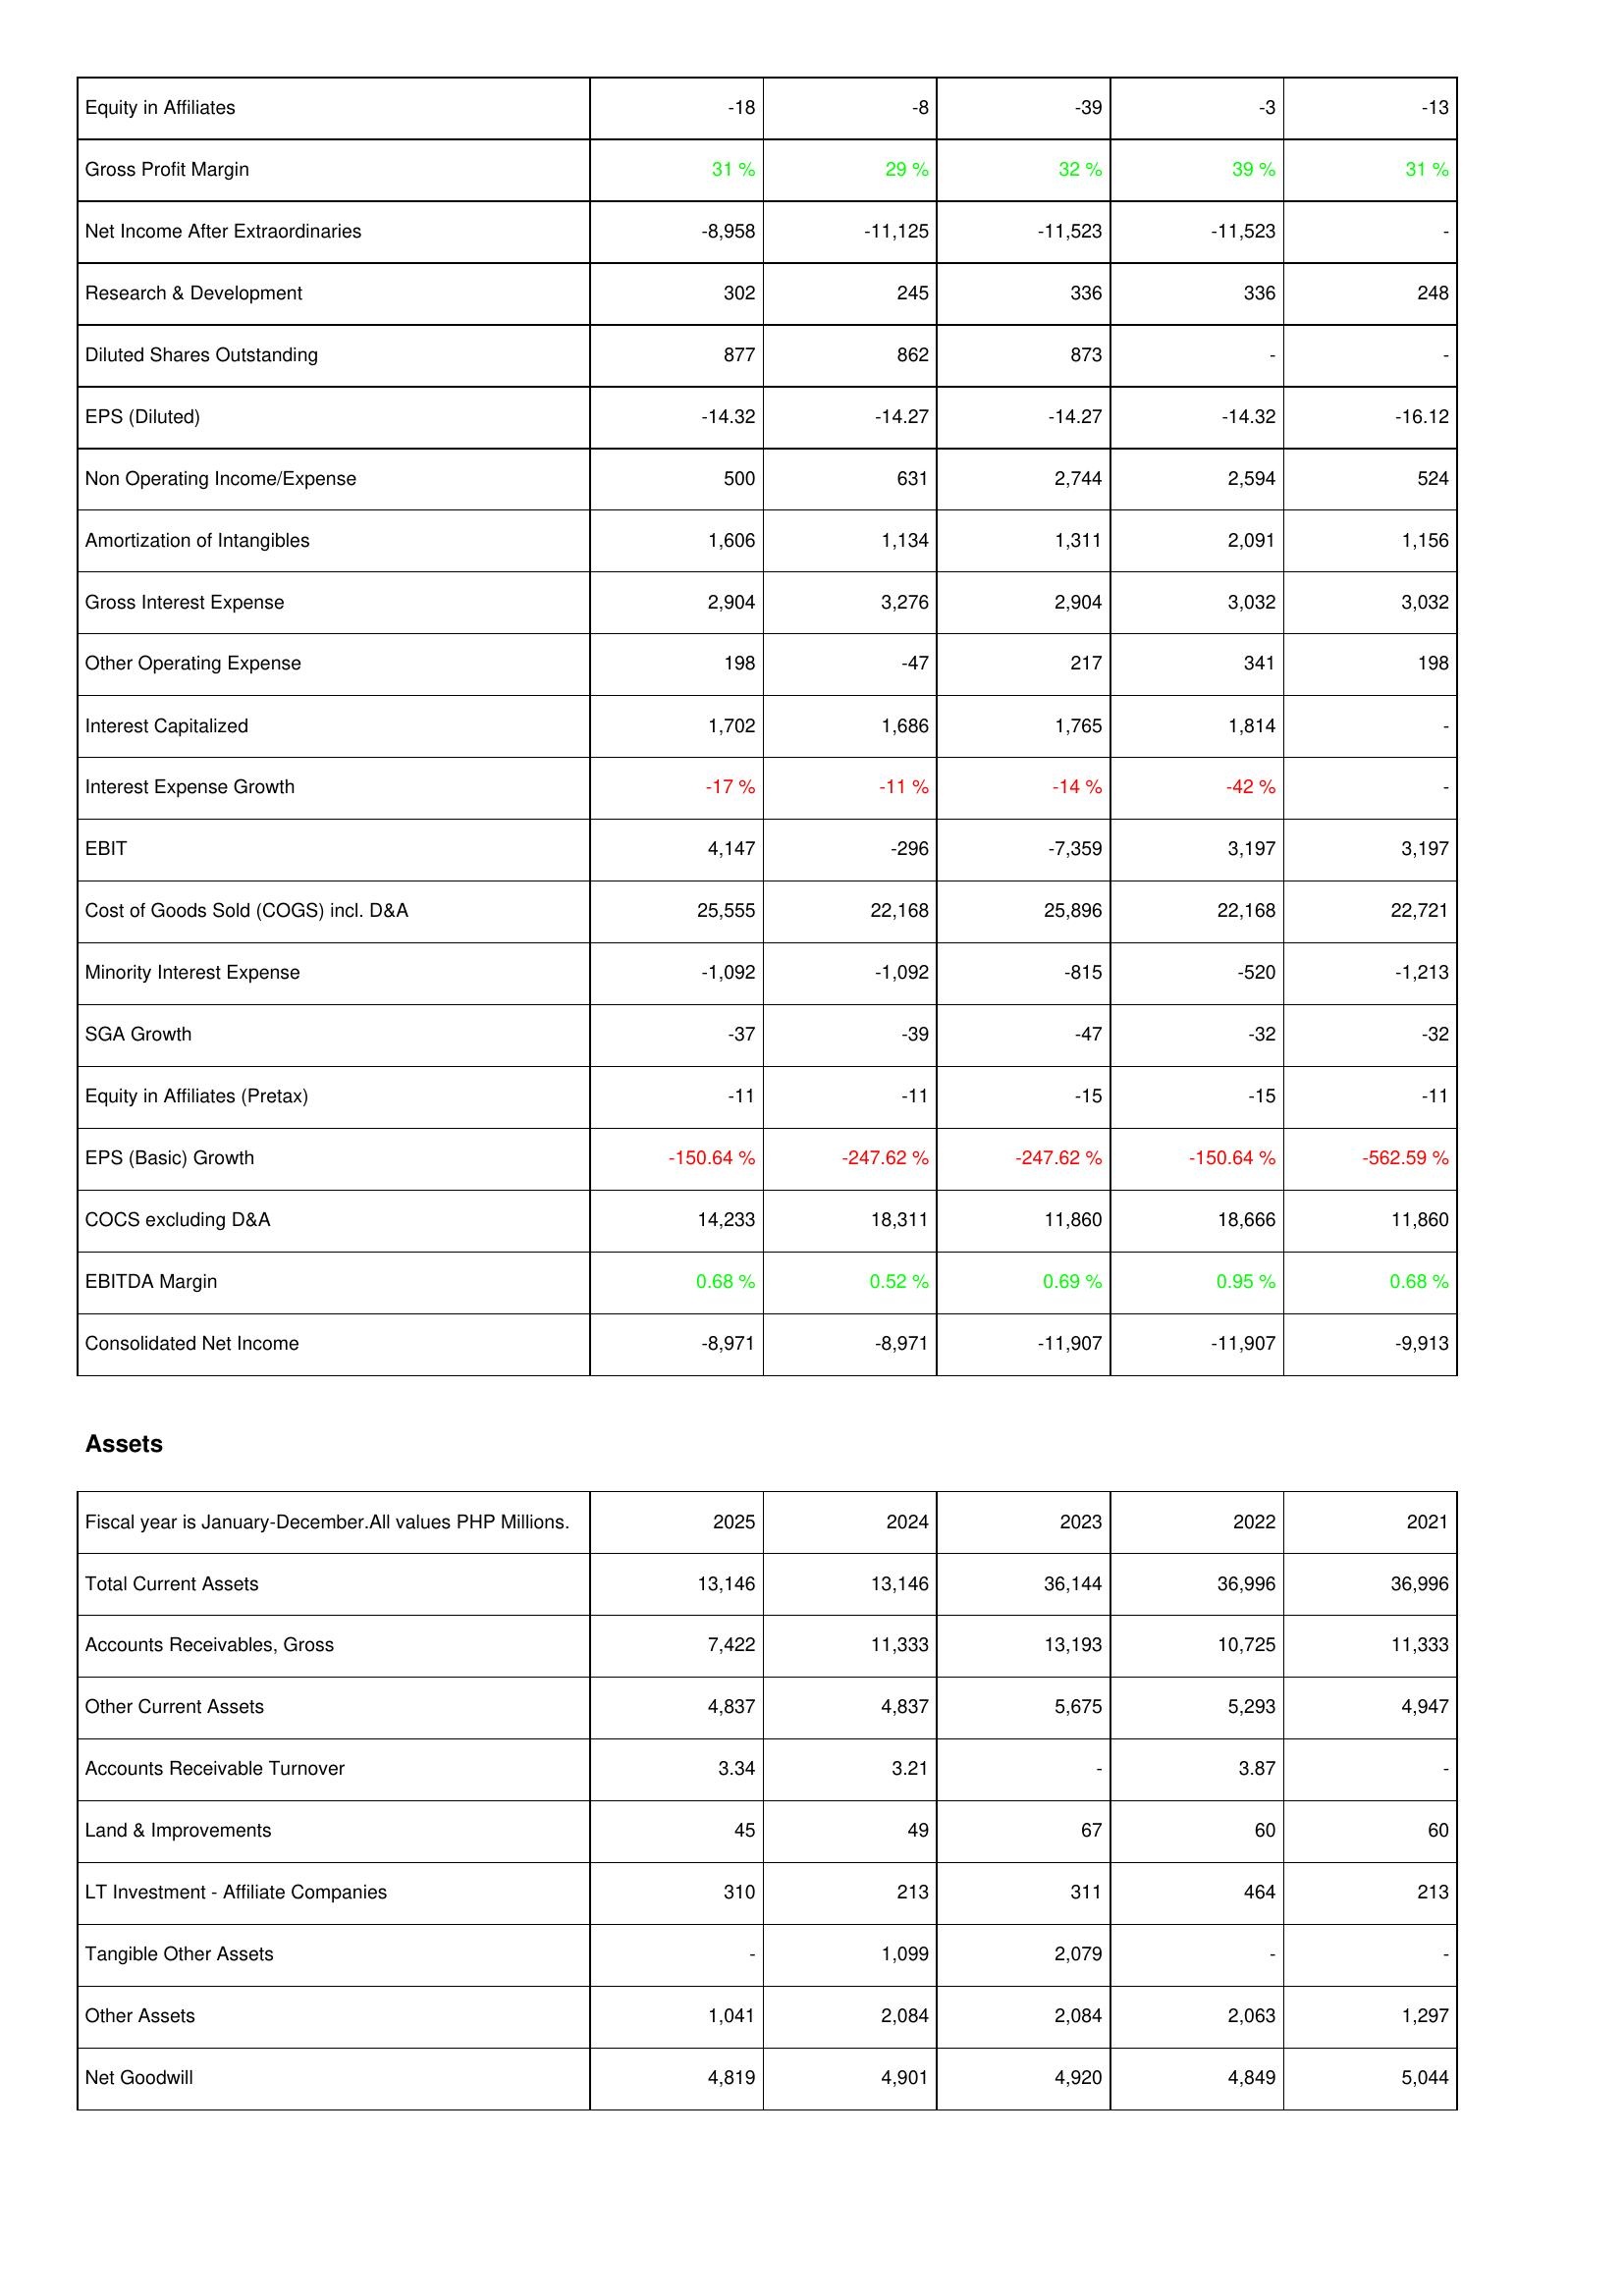
2025: Income Statement: Equity in Affiliates: -18
Gross Profit Margin: 31 %
Net Income After Extraordinaries: -8,958
Research & Development: 302
Diluted Shares Outstanding: 877
EPS (Diluted): -14.32
Non Operating Income/Expense: 500
Amortization of Intangibles: 1,606
Gross Interest Expense: 2,904
Other Operating Expense: 198
Interest Capitalized: 1,702
Interest Expense Growth: -17 %
EBIT: 4,147
Cost of Goods Sold (COGS) incl. D&A: 25,555
Minority Interest Expense: -1,092
SGA Growth: -37
Equity in Affiliates (Pretax): -11
EPS (Basic) Growth: -150.64 %
COCS excluding D&A: 14,233
EBITDA Margin: 0.68 %
Consolidated Net Income: -8,971
Assets: Total Current Assets: 13,146
Accounts Receivables, Gross: 7,422
Other Current Assets: 4,837
Accounts Receivable Turnover: 3.34
Land & Improvements: 45
LT Investment - Affiliate Companies: 310
Tangible Other Assets: -
Other Assets: 1,041
Net Goodwill: 4,819
2024: Income Statement: Equity in Affiliates: -8
Gross Profit Margin: 29 %
Net Income After Extraordinaries: -11,125
Research & Development: 245
Diluted Shares Outstanding: 862
EPS (Diluted): -14.27
Non Operating Income/Expense: 631
Amortization of Intangibles: 1,134
Gross Interest Expense: 3,276
Other Operating Expense: -47
Interest Capitalized: 1,686
Interest Expense Growth: -11 %
EBIT: -296
Cost of Goods Sold (COGS) incl. D&A: 22,168
Minority Interest Expense: -1,092
SGA Growth: -39
Equity in Affiliates (Pretax): -11
EPS (Basic) Growth: -247.62 %
COCS excluding D&A: 18,311
EBITDA Margin: 0.52 %
Consolidated Net Income: -8,971
Assets: Total Current Assets: 13,146
Accounts Receivables, Gross: 11,333
Other Current Assets: 4,837
Accounts Receivable Turnover: 3.21
Land & Improvements: 49
LT Investment - Affiliate Companies: 213
Tangible Other Assets: 1,099
Other Assets: 2,084
Net Goodwill: 4,901
2023: Income Statement: Equity in Affiliates: -39
Gross Profit Margin: 32 %
Net Income After Extraordinaries: -11,523
Research & Development: 336
Diluted Shares Outstanding: 873
EPS (Diluted): -14.27
Non Operating Income/Expense: 2,744
Amortization of Intangibles: 1,311
Gross Interest Expense: 2,904
Other Operating Expense: 217
Interest Capitalized: 1,765
Interest Expense Growth: -14 %
EBIT: -7,359
Cost of Goods Sold (COGS) incl. D&A: 25,896
Minority Interest Expense: -815
SGA Growth: -47
Equity in Affiliates (Pretax): -15
EPS (Basic) Growth: -247.62 %
COCS excluding D&A: 11,860
EBITDA Margin: 0.69 %
Consolidated Net Income: -11,907
Assets: Total Current Assets: 36,144
Accounts Receivables, Gross: 13,193
Other Current Assets: 5,675
Accounts Receivable Turnover: -
Land & Improvements: 67
LT Investment - Affiliate Companies: 311
Tangible Other Assets: 2,079
Other Assets: 2,084
Net Goodwill: 4,920
2022: Income Statement: Equity in Affiliates: -3
Gross Profit Margin: 39 %
Net Income After Extraordinaries: -11,523
Research & Development: 336
Diluted Shares Outstanding: -
EPS (Diluted): -14.32
Non Operating Income/Expense: 2,594
Amortization of Intangibles: 2,091
Gross Interest Expense: 3,032
Other Operating Expense: 341
Interest Capitalized: 1,814
Interest Expense Growth: -42 %
EBIT: 3,197
Cost of Goods Sold (COGS) incl. D&A: 22,168
Minority Interest Expense: -520
SGA Growth: -32
Equity in Affiliates (Pretax): -15
EPS (Basic) Growth: -150.64 %
COCS excluding D&A: 18,666
EBITDA Margin: 0.95 %
Consolidated Net Income: -11,907
Assets: Total Current Assets: 36,996
Accounts Receivables, Gross: 10,725
Other Current Assets: 5,293
Accounts Receivable Turnover: 3.87
Land & Improvements: 60
LT Investment - Affiliate Companies: 464
Tangible Other Assets: -
Other Assets: 2,063
Net Goodwill: 4,849
2021: Income Statement: Equity in Affiliates: -13
Gross Profit Margin: 31 %
Net Income After Extraordinaries: -
Research & Development: 248
Diluted Shares Outstanding: -
EPS (Diluted): -16.12
Non Operating Income/Expense: 524
Amortization of Intangibles: 1,156
Gross Interest Expense: 3,032
Other Operating Expense: 198
Interest Capitalized: -
Interest Expense Growth: -
EBIT: 3,197
Cost of Goods Sold (COGS) incl. D&A: 22,721
Minority Interest Expense: -1,213
SGA Growth: -32
Equity in Affiliates (Pretax): -11
EPS (Basic) Growth: -562.59 %
COCS excluding D&A: 11,860
EBITDA Margin: 0.68 %
Consolidated Net Income: -9,913
Assets: Total Current Assets: 36,996
Accounts Receivables, Gross: 11,333
Other Current Assets: 4,947
Accounts Receivable Turnover: -
Land & Improvements: 60
LT Investment - Affiliate Companies: 213
Tangible Other Assets: -
Other Assets: 1,297
Net Goodwill: 5,044